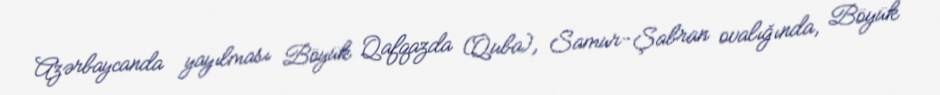
Azərbaycanda yayılması Böyük Qafqazda (Quba), Samur-Şabran ovalığında, Böyük